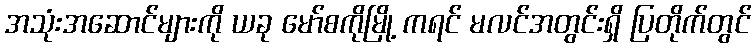
အသုံးအဆောင်များကို ယခု မော်စကိုမြို့ ကရင် မလင်အတွင်းရှိ ပြတိုက်တွင်